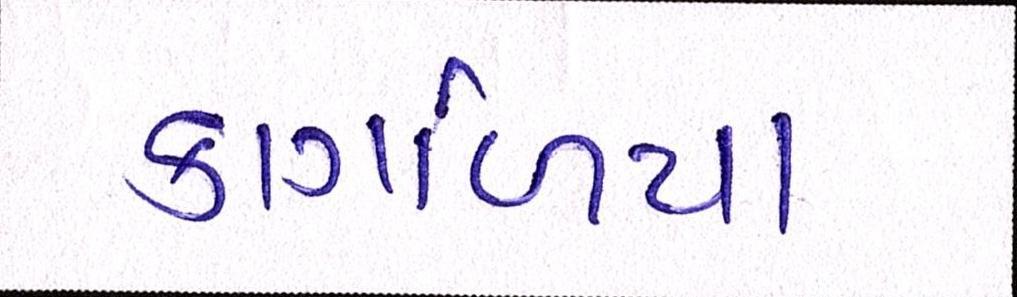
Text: કાગળિયાં